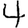
Digit: 4